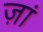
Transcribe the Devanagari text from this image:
ज़ां